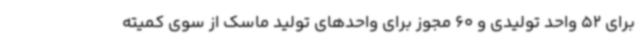
برای 52 واحد تولیدی و 60 مجوز برای واحدهای تولید ماسک از سوی کمیته